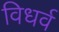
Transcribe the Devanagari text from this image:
विधर्व